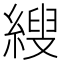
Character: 𦃈